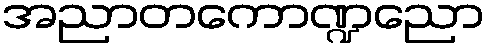
အညာတကောဏ္ဍညော